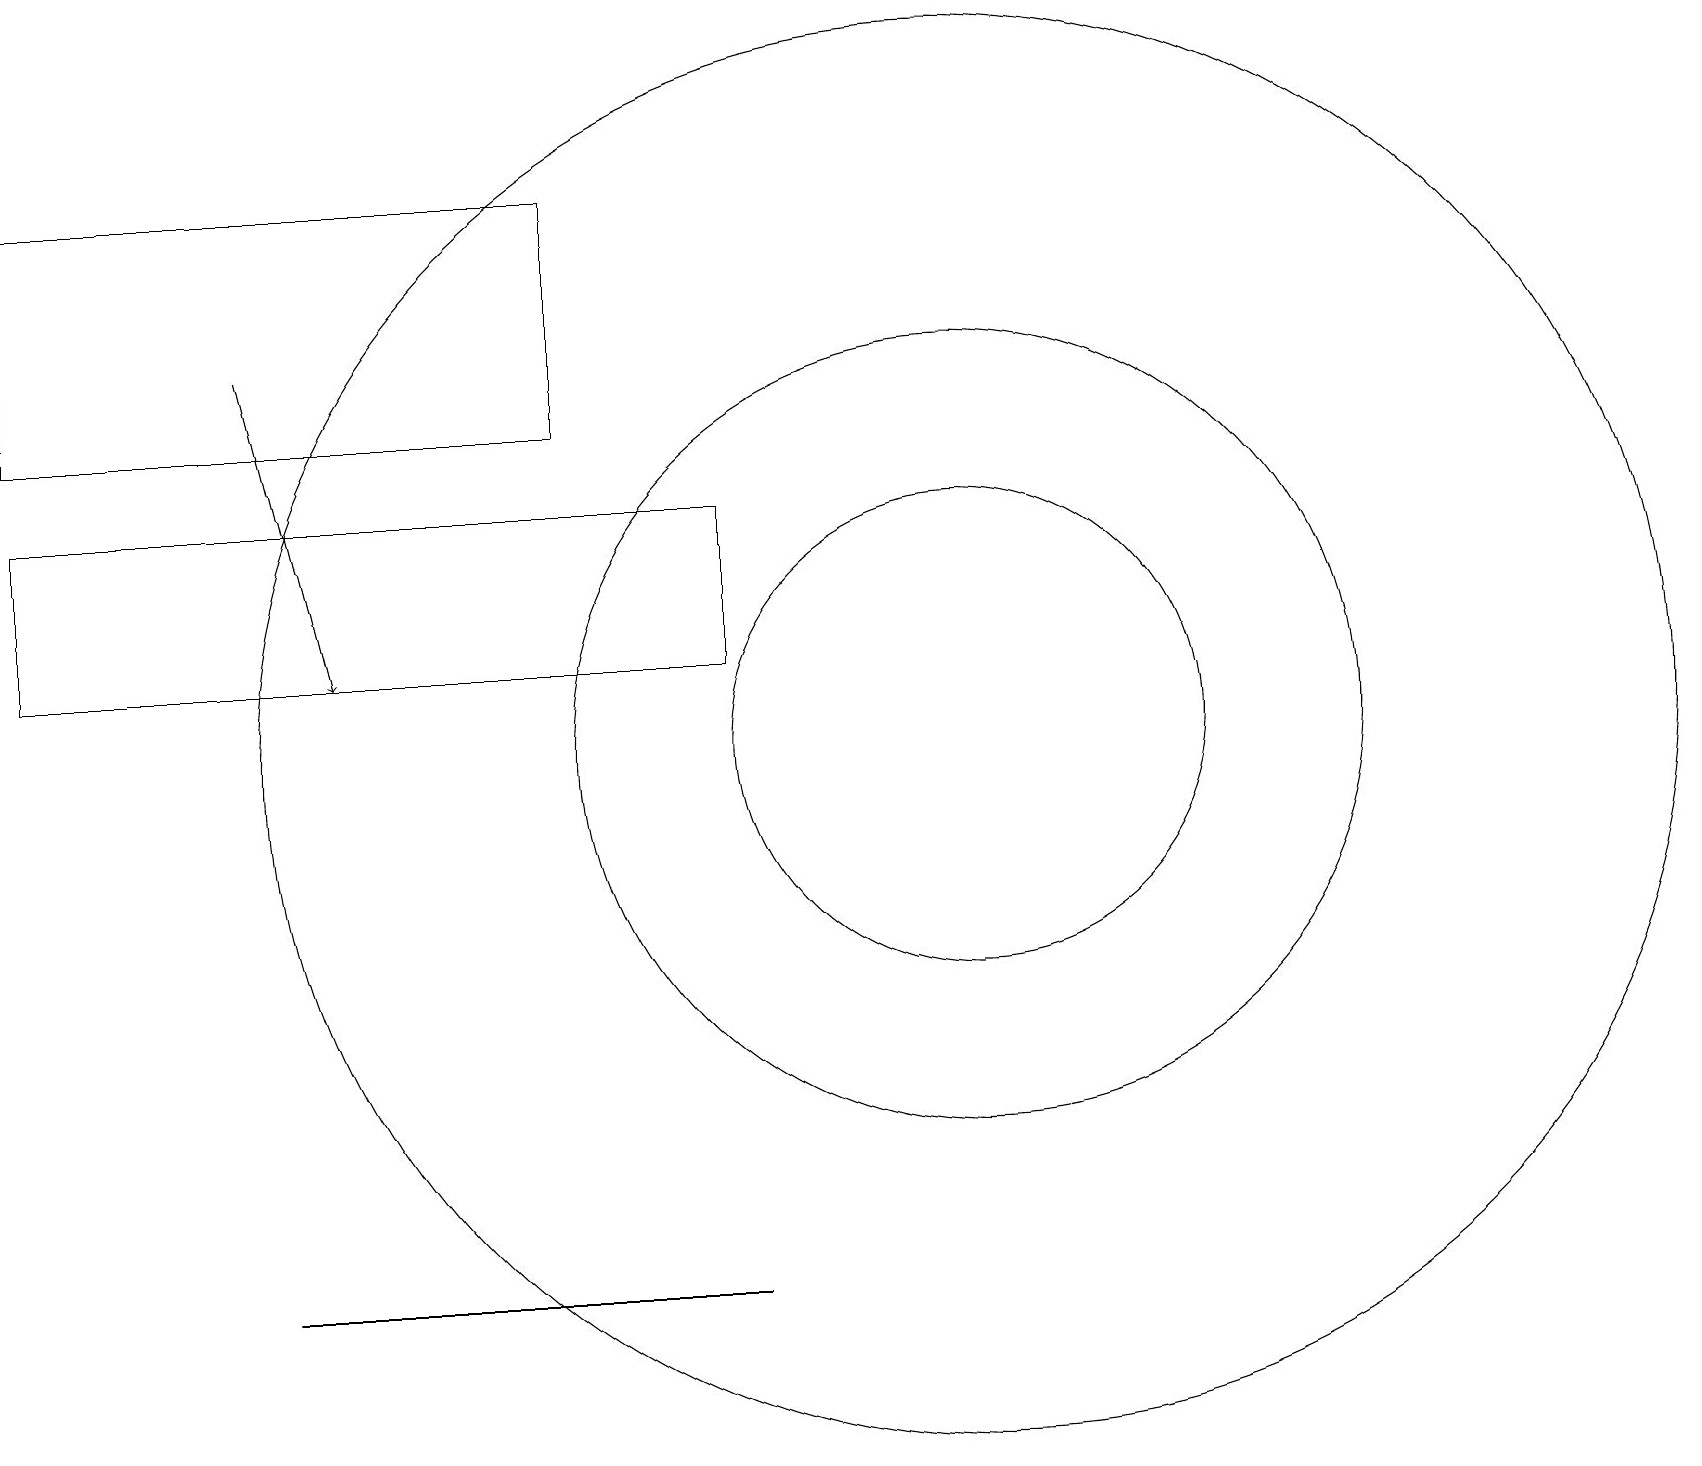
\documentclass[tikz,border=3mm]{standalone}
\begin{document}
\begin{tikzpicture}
\draw (12,11) circle (5);
\draw (7,15) rectangle (0,18);
\draw (12,11) circle (3);
\draw (12,11) circle (9);
\draw (0,14) rectangle (9,12);
\draw[->] (3,16) -- (4,12);
\draw (3,4) -- (3,4) -- (9,4) -- cycle;
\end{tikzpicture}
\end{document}